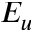
E _ { u }